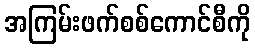
အကြမ်းဖက်စစ်ကောင်စီကို